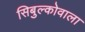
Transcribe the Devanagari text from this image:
सिबुल्कोवाला